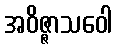
အဝိဇ္ဇာသဝေါ